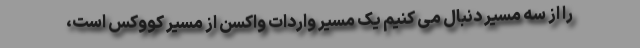
را از سه مسیر دنبال می کنیم یک مسیر واردات واکسن از مسیر کووکس است،